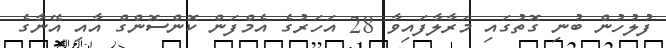
ފުލުހުން ބުނި ގޮތުގައި މަރާލާފައިވާ 28 އަހަރުގެ އެމްފަން ކޮންސޮންގް އާއި އޭނާގެ